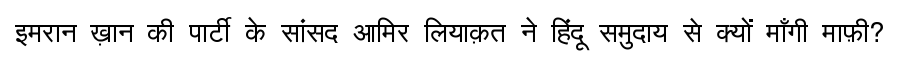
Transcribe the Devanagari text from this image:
इमरान ख़ान की पार्टी के सांसद आमिर लियाक़त ने हिंदू समुदाय से क्यों माँगी माफ़ी?